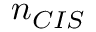
n _ { C I S }